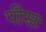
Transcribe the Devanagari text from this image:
पीसः